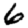
Digit: 6